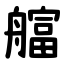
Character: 䒇